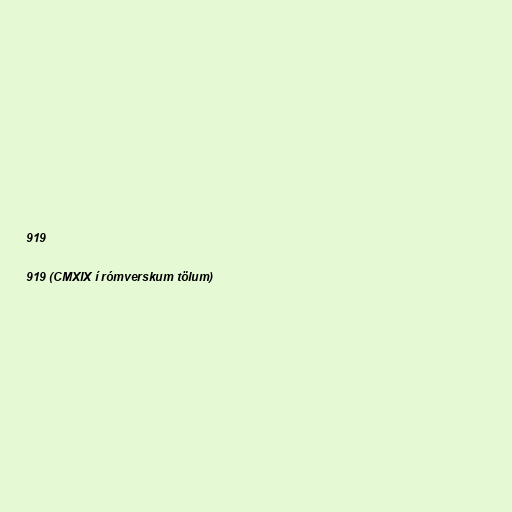
919

919 (CMXIX í rómverskum tölum)